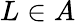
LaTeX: L\in A